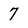
Character: 7